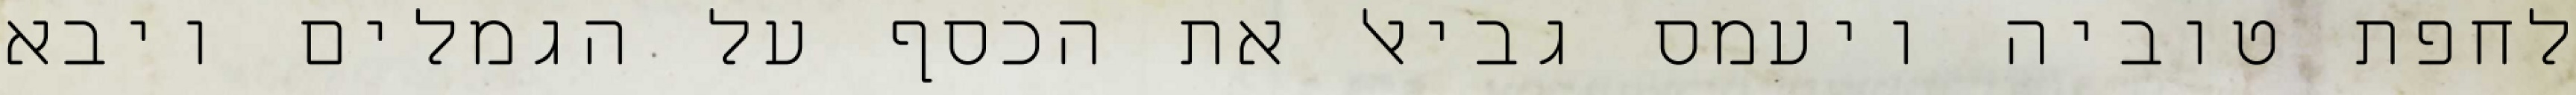
לחפת טוביה ויעמס גביאל את הכסף על הגמלים ויבא